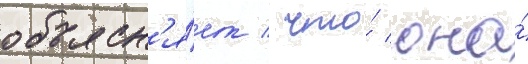
объясн'я́ет / что́ она́